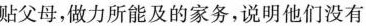
贴父母，做力所能及的家务，说明他们没有